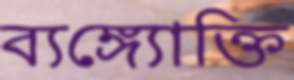
ব্যঙ্গ্যোক্তি